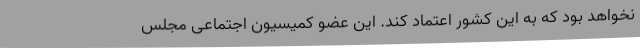
نخواهد بود که به این کشور اعتماد کند. این عضو کمیسیون اجتماعی مجلس